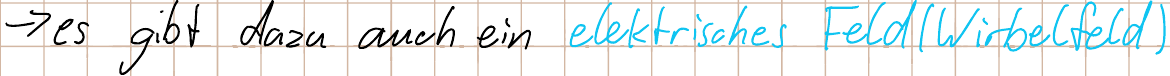
-> es gibt dazu auch ein elektrisches Feld (Wirbelfeld)